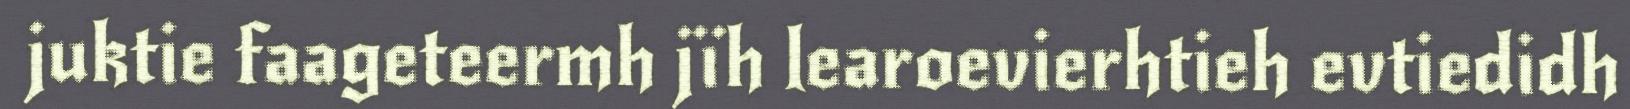
juktie faageteermh jïh learoevierhtieh evtiedidh